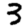
Digit: 3